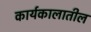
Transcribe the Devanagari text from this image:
कार्यकालातील